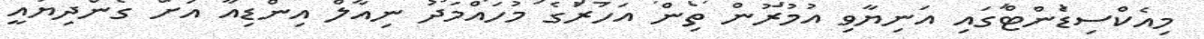
މިއެކްސިޑެންޓްގައި އަނިޔާވި އުމުރުން ތިން އަހަރުގެ މުހައްމަދު ނިއާލް އިންޑިއާ އަށް ގެންދިޔައީ